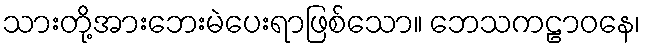
သားတို့အားဘေးမဲပေးရာဖြစ်သော။ ဘေသကဠာဝနေ၊